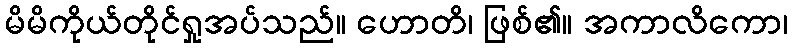
မိမိကိုယ်တိုင်ရှုအပ်သည်။ ဟောတိ၊ ဖြစ်၏။ အကာလိကော၊